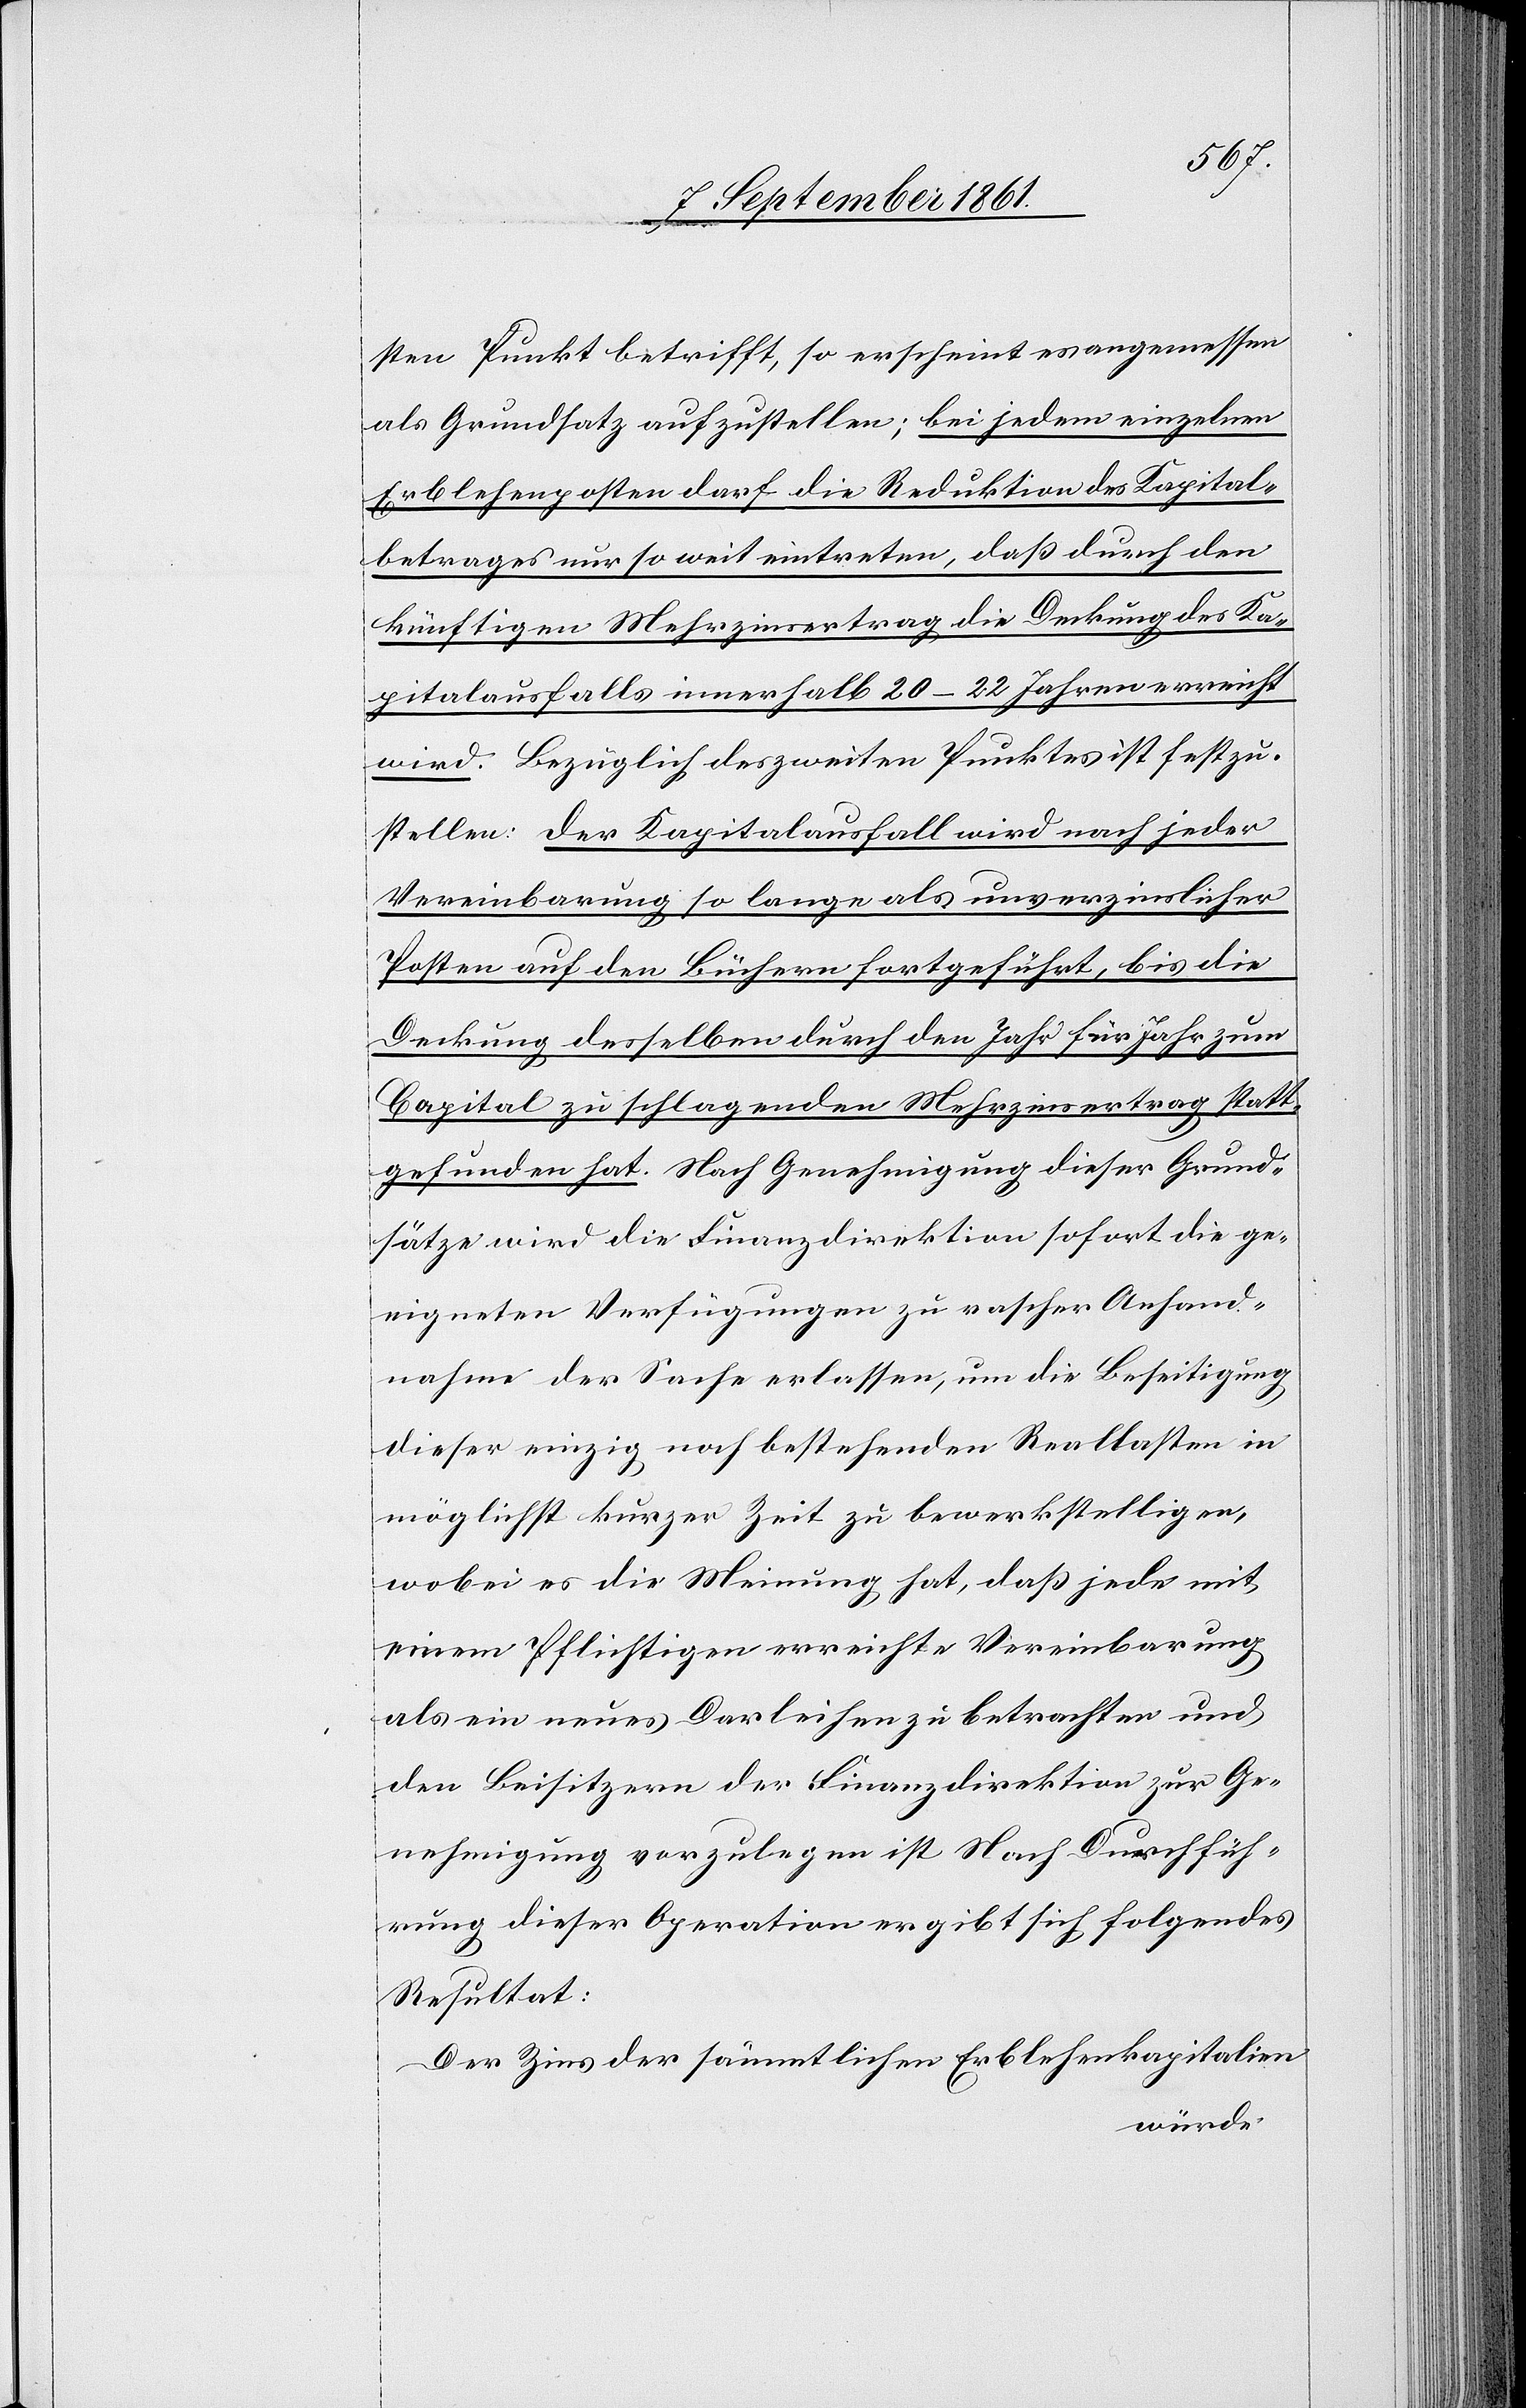
sten Punkt betrifft, so erscheint es angemessen
als Grundsatz aufzustellen; bei jedem einzelnen
Erblehenposten darf die Reduktion des Kapital¬
betrages nur so weit eintreten, daß durch den
künftigen Mehrzinsertrag die Deckung des Ka¬
pitalausfalls innerhalb 20–22 Jahren erreicht
wird. Bezüglich des zweiten Punktes ist festzu¬
stellen: Der Kapitalsausfall wird nach jeder
Vereinbarung so lange als unverzinslicher
Posten auf den Büchern fortgeführt, bis die
Deckung desselben durch den Jahr für Jahr zum
Capital zu schlagenden Mehrzinsertrag statt¬
gefunden hat. Nach Genehmigung dieser Grund¬
sätze wird die Finanzdirektion sofort die ge¬
eigneten Verfügungen zu rascher Anhand¬
nahme der Sache erlassen, um die Beseitigung
dieser einzig noch bestehenden Reallasten in
möglichst kurzer Zeit zu bewerkstelligen,
wobei es die Meinung hat, daß jede mit
einem Pflichtigen erreichte Vereinbarung
als ein neues Darleihen zu betrachten und
den Beisitzern der Finanzdirektion zur Ge¬
nehmigung vorzulegen ist. Nach Durchfüh¬
rung dieser Operation ergibt sich folgendes
Resultat:
Der Zins der sämmtlichen Erblehenskapitalien